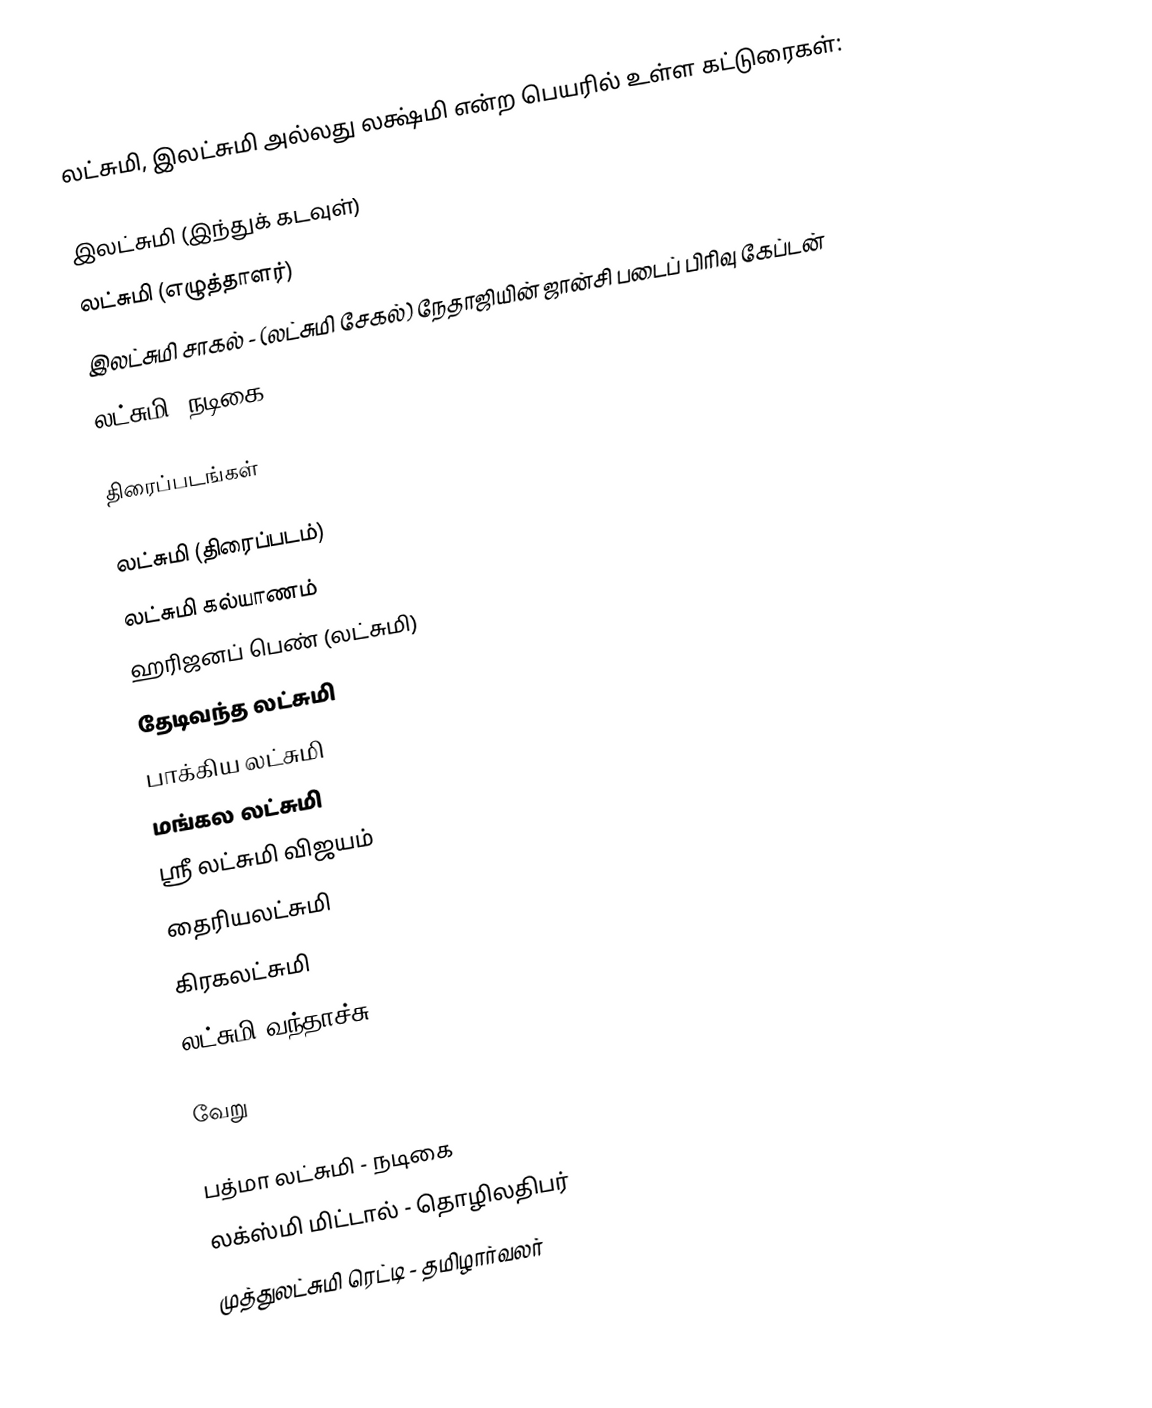
லட்சுமி, இலட்சுமி அல்லது லக்ஷ்மி என்ற பெயரில் உள்ள கட்டுரைகள்:

 இலட்சுமி (இந்துக் கடவுள்)
 லட்சுமி (எழுத்தாளர்)
 இலட்சுமி சாகல் - (லட்சுமி சேகல்) நேதாஜியின் ஜான்சி படைப் பிரிவு கேப்டன்
 லட்சுமி (நடிகை)

திரைப்படங்கள்

 லட்சுமி (திரைப்படம்)
 லட்சுமி கல்யாணம்
 ஹரிஜனப் பெண் (லட்சுமி)
 தேடிவந்த லட்சுமி
 பாக்கிய லட்சுமி
 மங்கல லட்சுமி
 ஸ்ரீ லட்சுமி விஜயம்
 தைரியலட்சுமி
 கிரகலட்சுமி
 லட்சுமி வந்தாச்சு

வேறு

 பத்மா லட்சுமி - நடிகை
 லக்ஸ்மி மிட்டால் - தொழிலதிபர்
 முத்துலட்சுமி ரெட்டி - தமிழார்வலர்